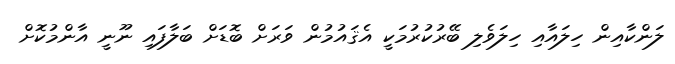
ލަންކާއިން ހިލައާއި ހިލަވެލި ބޭރުކުރުމަކީ އެޤައުމުން ވަރަށް ބޮޑަށް ބަލާފައި ނޫނީ އާންމުކޮށް